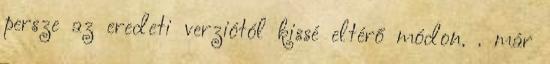
persze az eredeti verziótól kissé eltérő módon. . már